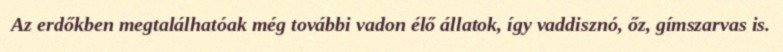
Az erdőkben megtalálhatóak még további vadon élő állatok, így vaddisznó, őz, gímszarvas is.